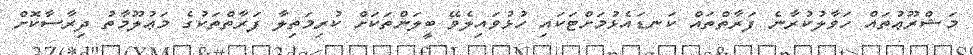
މަޝްރޫޢުތައް ހަވާލުކުރާނެ ފަރާތްތައް ކަނޑައެޅުމަށްޓަކައި ހުޅުވައިލެވޭ ބީލަންތަކަށް ކުރިމަތިލާ ފަރާތްތަކުގެ މަޢުލޫމާތު ދިރާސާކޮށް